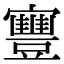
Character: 寷